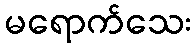
မရောက်သေး